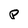
Character: p